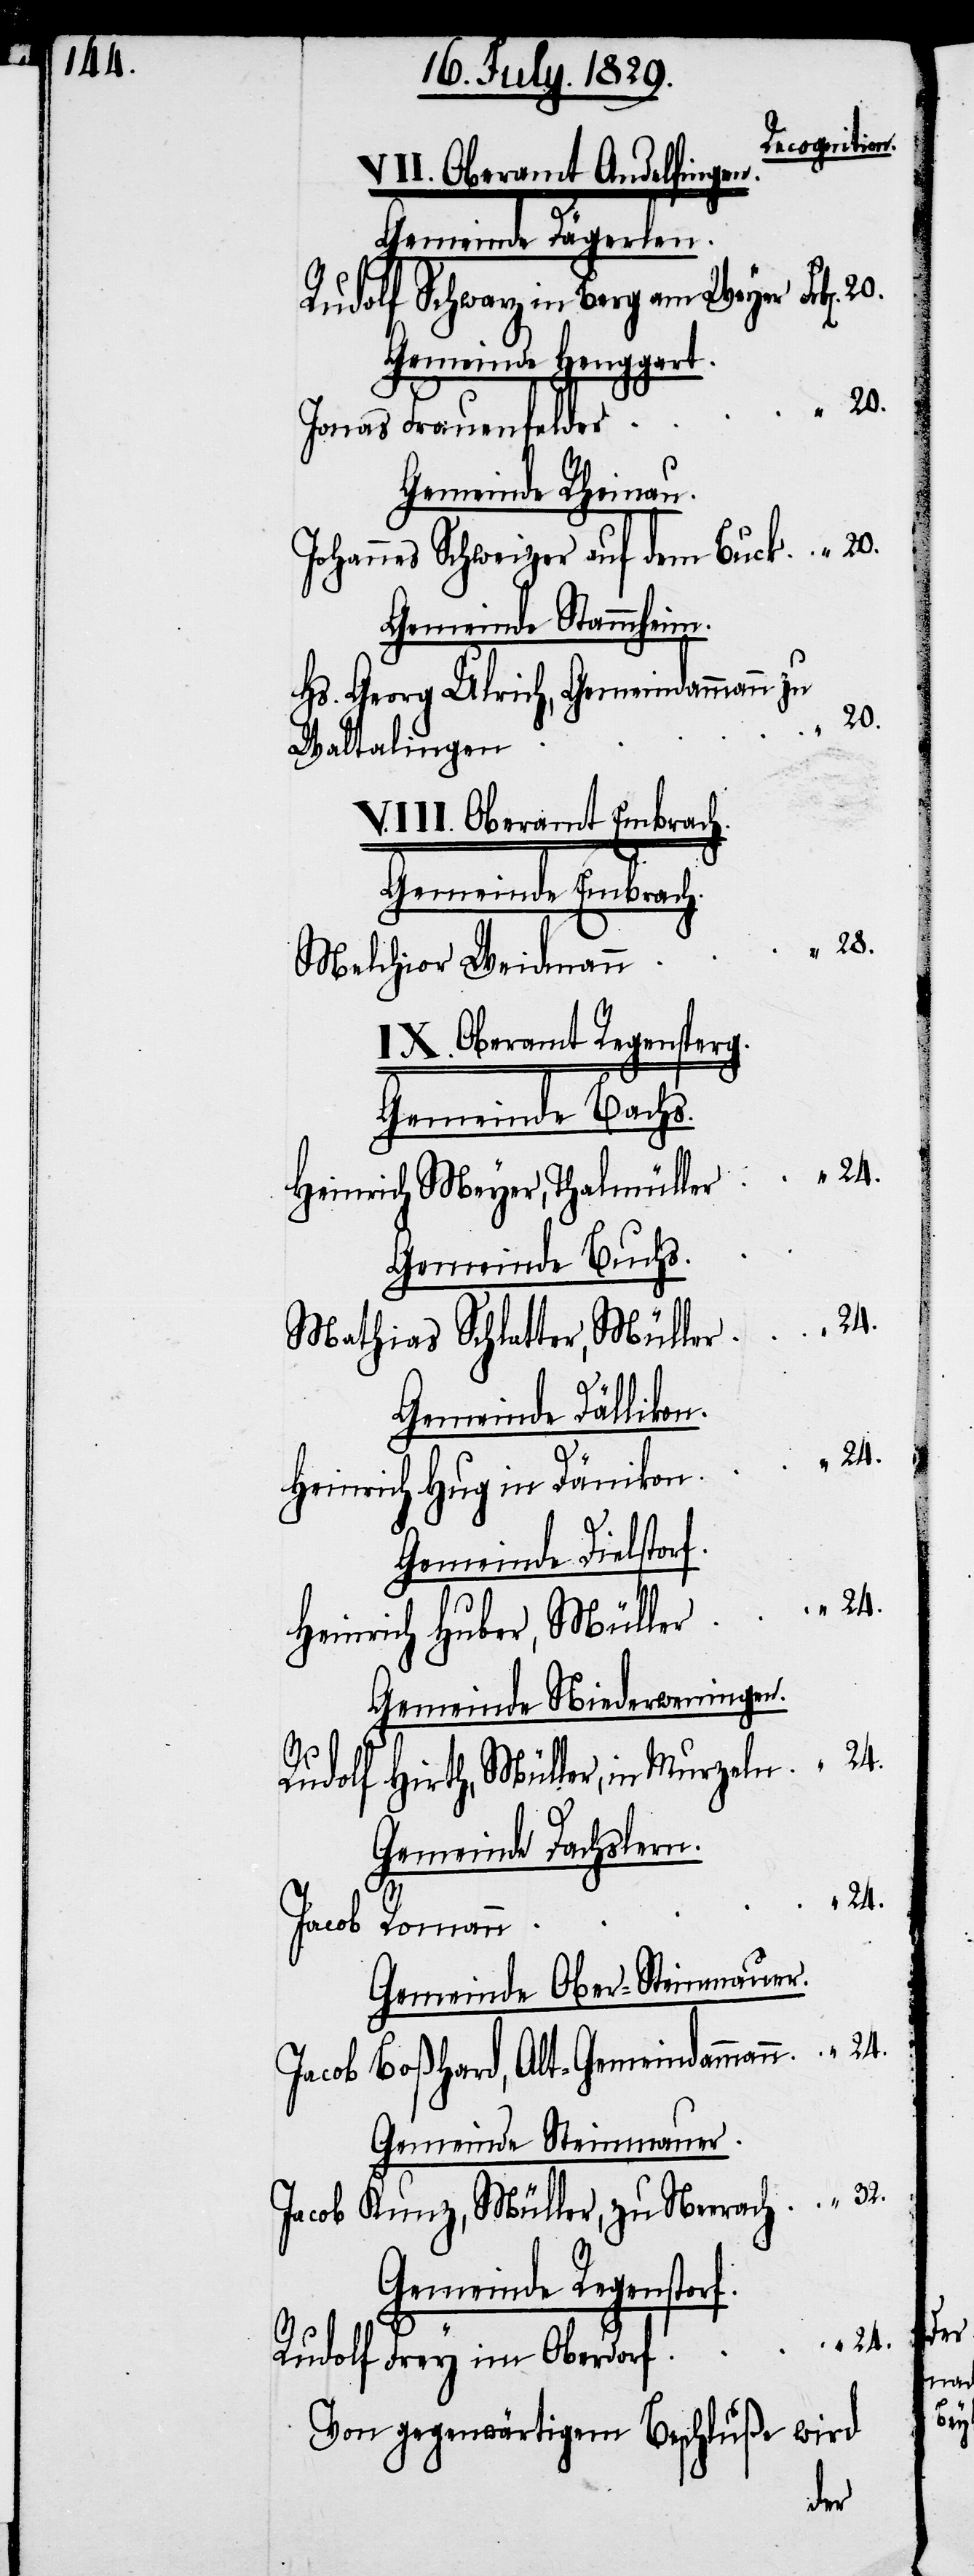
32.

Recognition.
VII. Oberamt Andelfingen.
Gemeinde Dägerlen.
Rudolf Schwarz in Berg am Weyer
Gemeinde Henggart.
Jonas Frauenfelder
Gemeinde Rheinau.
Johannes Schweizer auf dem Buck
Gemeinde Stammheim.
Hs. Georg Ulrich, Gemeindammann zu
20.
“
Waltalingen
VIII. Oberamt Embrach.
Gemeinde Embrach.
Melchior Weidmann
XI. Oberamt Regensperg.
Gemeinde Bachs.
Heinrich Meyer, Thalmüller
Gemeinde Buchs.
Mathias Schlatter, Müller
Gemeinde Dällikon.
Heinrich Hug in Dänikon
Gemeinde Dielstor¬
Heinrich Huber, Müller
Gemeinde Niederweningen.
Rudolf Hirth, Müller, in Murzeln
Gemeinde Dachslern.
“
24.
Jacob Romann
Gemeinde Ober-Steinmauer.
Jacob Boßhard, Alt-Gemeindammann
Gemeinde Steinmauer.
Jacob Kunz, Müller, zu Neerach
Gemeinde Regenstorf.
Rudolf Frey im Oberdorf
Von gegenwärtigem Beschluße wird